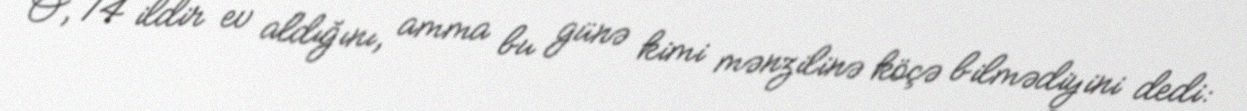
O, 14 ildir ev aldığını, amma bu günə kimi mənzilinə köçə bilmədiyini dedi: